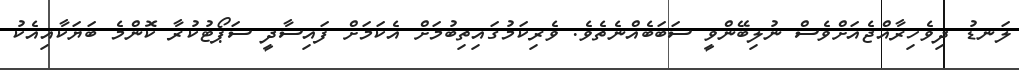
ލަނޑު ދިވެހިރާއްޖެއަށްވެސް ނުލިބޭންވީ ސަބަބެއްނެތެވެ. ވެރިކަމުގައިތިބުމަށް އެކަމަށް ފައިސާދީ ސަޕޯޓުކުރާ ކޮންމެ ބަޔަކާއިއެކު